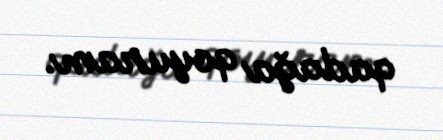
qadağa qoyuram.